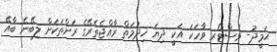
ޙަމީދު- ވެސްޓޯރ ވާހަކަ އަކީ ދިޔަ ޚިދުމަތް ރާއްޖެތެރޭގެ ރަށްތަކަށް ލިބޭނެ ބާއޭ